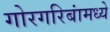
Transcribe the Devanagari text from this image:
गोरगरिबांमध्ये